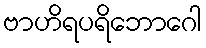
ဗာဟိရပရိဘောဂေါ